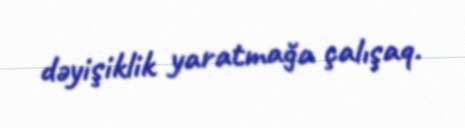
dəyişiklik yaratmağa çalışaq.